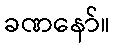
ခဏနော်။